Mental hospitals Bombay report 1929-33 - 1929-1933
Year: 1929
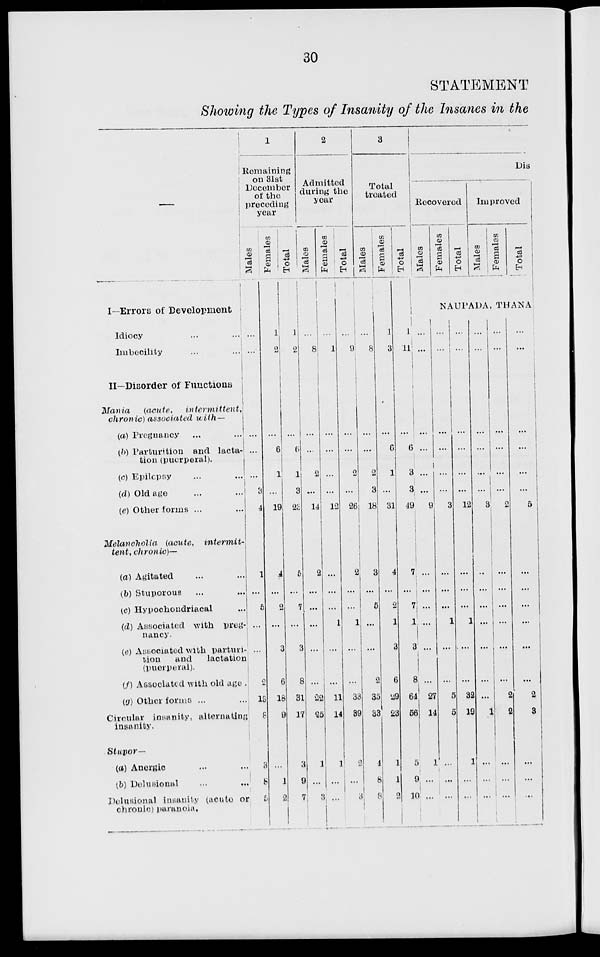
30
STATEMENT
Showing the Types of Insanity of the Insanes in the
—
I—Errors of Development
Idiocy ... ...
Imbecility ... ...
II—Disorder of Functions
Mania
(acute,
intermittent,
chronic) associated
with—
(a) Pregnancy ... ...
(b) Parturition and lacta-
tion (puerperal).
(c) Epilepsy ... ...
(d) Old age ... ...
(e) Other forms ... ...
Melancholia
(acute,
intermit-
tent , chronic)—
(a) Agitated ... ...
(b) Stuporous ... ...
(c) Hypochondriacal ...
(d) Associated with preg-
nancy
(e) Associated with parturi-
tion
and
lactation
(puerperal).
(f) Associated with old age .
(g) Other forms ... ...
Circular insanity, alternating
insanity.
Stupor —
(a) Anergic ... ...
(b) Delusional ... ...
Delusional insanity (acute or
chronic) paranoia.
1
Remaining
on 31st
December
of the
preceding
year
Males
...
...
...
...
...
3
4
1
...
5
...
....
2
13
8
3
8
5
Females
1
2
...
6
1
...
19
4
...
2
...
3
6
18
9
...
1
2
Total
1
2
...
6
1
3
23
5
...
7
...
3
8
31
17
3
9
7
2
Admitted
during the
year
Males
...
8
...
...
...
...
14
2
...
...
...
...
22
25
1
...
3
Females
...
1
...
...
...
...
12
...
...
...
1
...
...
11
14
1
...
...
Total
...
9
...
...
2
...
26
2
...
...
1
...
...
33
39
2
...
3
3
Total
treated
Males
...
8
...
...
2
3
18
3
...
5
...
...
2
35
33
4
8
8
Females
1
3
...
6
1
...
31
4
...
2
1
3
6
29
23
1
1
2
Total
1
11
...
6
3
3
49
7
...
7
1
3
8
64
56
5
9
10
Dis
Recovered
Males
Females
Total
Improved
Males
Females
Total
NAUPADA, THANA
...
...
...
...
...
...
9
...
...
...
....
...
...
27
14
1
...
...
...
...
...
...
...
...
3
...
...
...
1
...
...
5
5
...
...
...
...
...
...
...
...
...
12
...
...
...
1
...
...
32
19
1
...
...
...
...
...
...
...
...
3
...
...
...
...
...
...
...
1
...
...
...
...
...
...
...
...
...
2
...
...
...
...
...
1
2
2
...
...
...
...
...
...
...
...
...
5
...
...
...
...
...
...
2
3
...
...
...